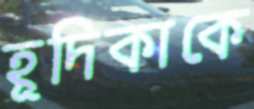
হূদিকাকে